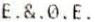
E.&.0.E.